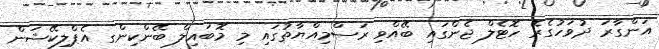
އަންގާރަ ދުވަހުގެރޭ ހޮޓެލް ޖެންގައި ބޭއްވި ރަސްމިއްޔާތުގައި މި މޮބައިލް ބޭންކިންގ އެޕްލިކޭޝަން